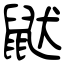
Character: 鼣